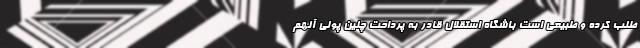
طلب کرده و طبیعی است باشگاه استقلال قادر به پرداحت چنین پولی آنهم